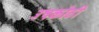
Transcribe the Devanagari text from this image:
उषकोठी